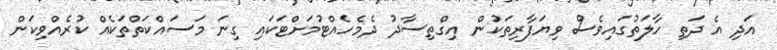
އަދި އެ ދަތި ހާލަތުގައިވެސް ވިޔަފާރިތަކުން އިގްތިސާދު ދެމެހެއްޓުމަށްޓަކައި ގިނަ މަސައްކަތްތަކެއް ކުރެއްވިކަން